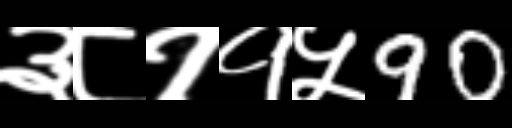
Text: ३८११५90